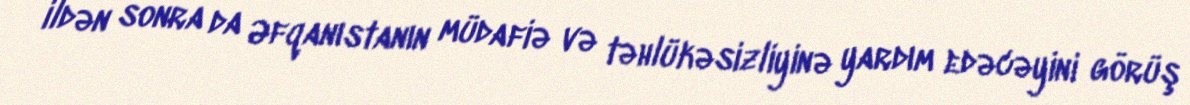
ildən sonra da Əfqanıstanın müdafiə və təhlükəsizliyinə yardım edəcəyini görüş